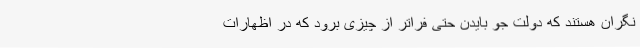
نگران هستند که دولت جو بایدن حتی فراتر از چیزی برود که در اظهارات